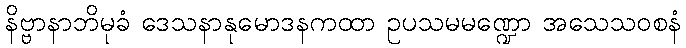
နိဗ္ဗာနာဘိမုခံ ဒေသနာနုမောဒနကထာ ဥပသမမဏ္ဍော အသေသဝစနံ